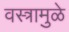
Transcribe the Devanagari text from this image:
वस्त्रामुळे